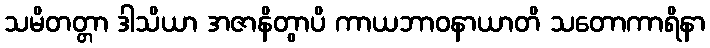
သမိတတ္တာ ဒါသိယာ အဇာနိတွာပိ ကာယဘာဝနာယာတိ သတောကာရိနာ